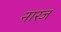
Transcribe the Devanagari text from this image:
नारज